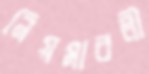
নিয়মাবলী